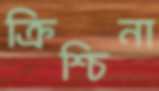
ক্রিশ্চিনা